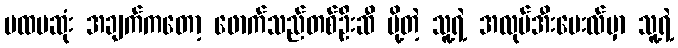
ပထမဆုံး အချက်ကတော့ ဖောက်သည်တစ်ဦးဆီ ပို့တဲ့ သူ့ရဲ့ အလုပ်အီးမေးလ်မှာ သူ့ရဲ့